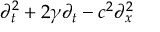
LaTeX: \partial _ { t } ^ { 2 } + 2 \gamma \partial _ { t } - c ^ { 2 } \partial _ { x } ^ { 2 }